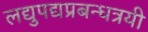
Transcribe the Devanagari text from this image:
लद्युपद्यप्रबन्धत्रयी